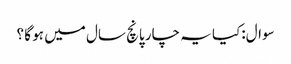
سوال:کیا یہ چار پانچ سال میں ہو گا ؟